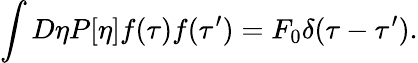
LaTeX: \int D\eta P[\eta]f(\tau)f(\tau^{\prime})=F_{0}\delta(\tau-\tau^{\prime}).